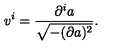
v ^ { i } = \frac { \partial ^ { i } a } { \sqrt { - ( \partial a ) ^ { 2 } } } .